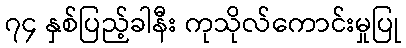
၇၄ နှစ်ပြည့်ခါနီး ကုသိုလ်ကောင်းမှုပြု